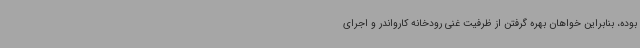
بوده، بنابراین خواهان بهره گرفتن از ظرفیت غنی رودخانه کارواندر و اجرای